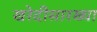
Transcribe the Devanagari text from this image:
खरेदीसारख्या